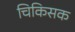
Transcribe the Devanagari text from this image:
चिकिसक